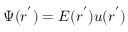
\Psi ( r ^ { ' } ) = E ( r ^ { ' } ) u ( r ^ { ' } )